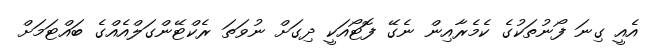
އެއީ ގިނަ ފޯނުތަކުގެ ކެމެރާއިން ނެގޭ ފޮޓޯއަކީ ދިގަށް ނުވަތަ ރެކްޓޭންގަލްއެއްގެ ބައްޓަމަށް